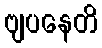
ဗျပနေတိ